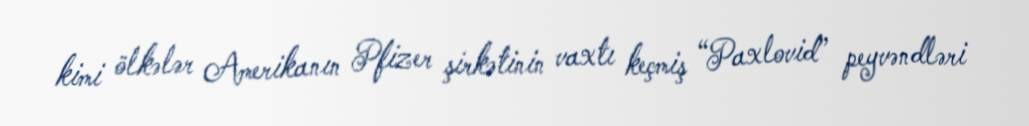
kimi ölkələr Amerikanın Pfizer şirkətinin vaxtı keçmiş “Paxlovid” peyvəndləri